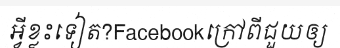
អ្វីខ្លះទៀត?Facebookក្រៅពីជួយឲ្យ